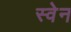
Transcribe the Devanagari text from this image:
स्‍वेन